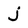
Character: j